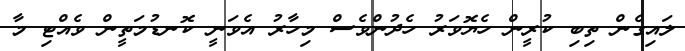
ލައިގެން ތިބި ކުރީން ހެޔޮވަރު ހެދުންވެސް މިހާރު އެވަނީ ކޮނޑުމަތީން ވެއްޓި މާ